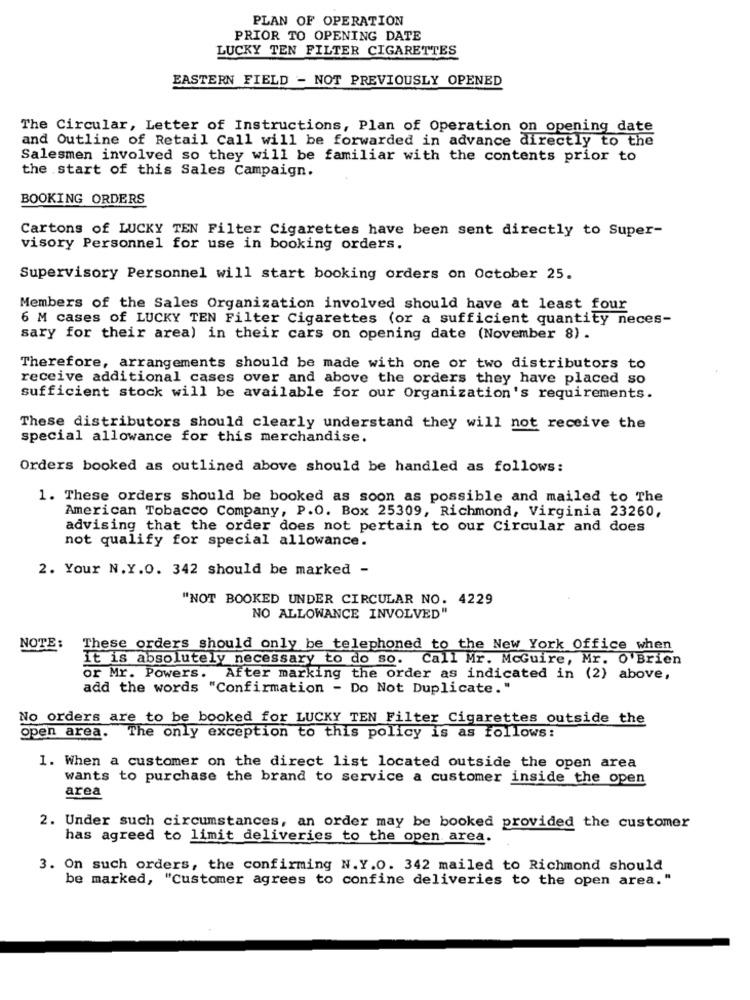
PLAN OF OPERATION
PRIOR TO OPENING DATE
LUCKY TEN FILTER CIGARETTES
EASTERN FIELD - NOT PREVIOUSLY OPENED
The Circular, Letter of Instructions, Plan of Operation on opening date
and Outline of Retail Call will be forwarded in advance directly to the
Salesmen involved so they will be familiar with the contents prior to
the start of this Sales Campaign.
BOOKING ORDERS
Cartons of LUCKY TEN Filter Cigarettes have been sent directly to Super-
visory Personnel for use in booking orders.
Supervisory Personnel will start booking orders on October 25.
Members of the Sales Organization involved should have at least four
6 M cases of LUCKY TEN Filter Cigarettes (or a sufficient quantity neces-
sary for their area) in their cars on opening date (November 8) .
Therefore, arrangements should be made with one or two distributors to
receive additional cases over and above the orders they have placed so
sufficient stock will be available for our Organization's requirements.
These distributors should clearly understand they will not receive the
special allowance for this merchandise.
Orders booked as outlined above should be handled as follows:
1. These orders should be booked as soon as possible and mailed to The
American Tobacco Company, P.O. Box 25309, Richmond, Virginia 23260,
advising that the order does not pertain to our Circular and does
not qualify for special allowance.
2. Your N.Y.O. 342 should be marked -
"NOT BOOKED UNDER CIRCULAR NO. 4229
NO ALLOWANCE INVOLVED"
NOTE:
These orders should only be telephoned to the New York Office when
it is absolutely necessary to do so. Call Mr. McGuire, Mr. O'Brien
or Mr. Powers.
After marking the order as indicated in (2) above,
add the words "Confirmation - Do Not Duplicate."
No orders are to be booked for LUCKY TEN Filter Cigarettes outside the
open area. The only exception to this policy is as follows:
1. When a customer on the direct list located outside the open area
wants to purchase the brand to service a customer inside the open
area
2. Under such circumstances, an order may be booked provided the customer
has agreed to limit deliveries to the open area.
3. On such orders, the confirming N.Y.O. 342 mailed to Richmond should
be marked, "Customer agrees to confine deliveries to the open area."